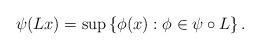
LaTeX: \begin{align*}\psi (Lx) = \sup \left\{ \phi(x): \phi\in \psi\circ L\right\}.\end{align*}